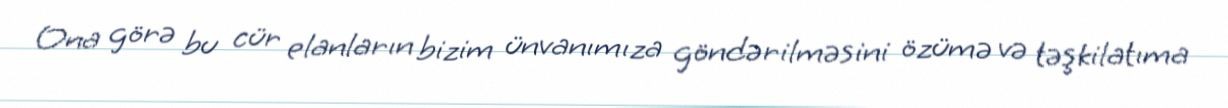
Ona görə bu cür elanların bizim ünvanımıza göndərilməsini özümə və təşkilatıma